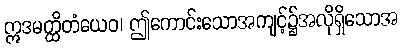
ဣဒမတ္ထိတံယေဝ၊ ဤကောင်းသောအကျင့်၌အလိုရှိသောအ